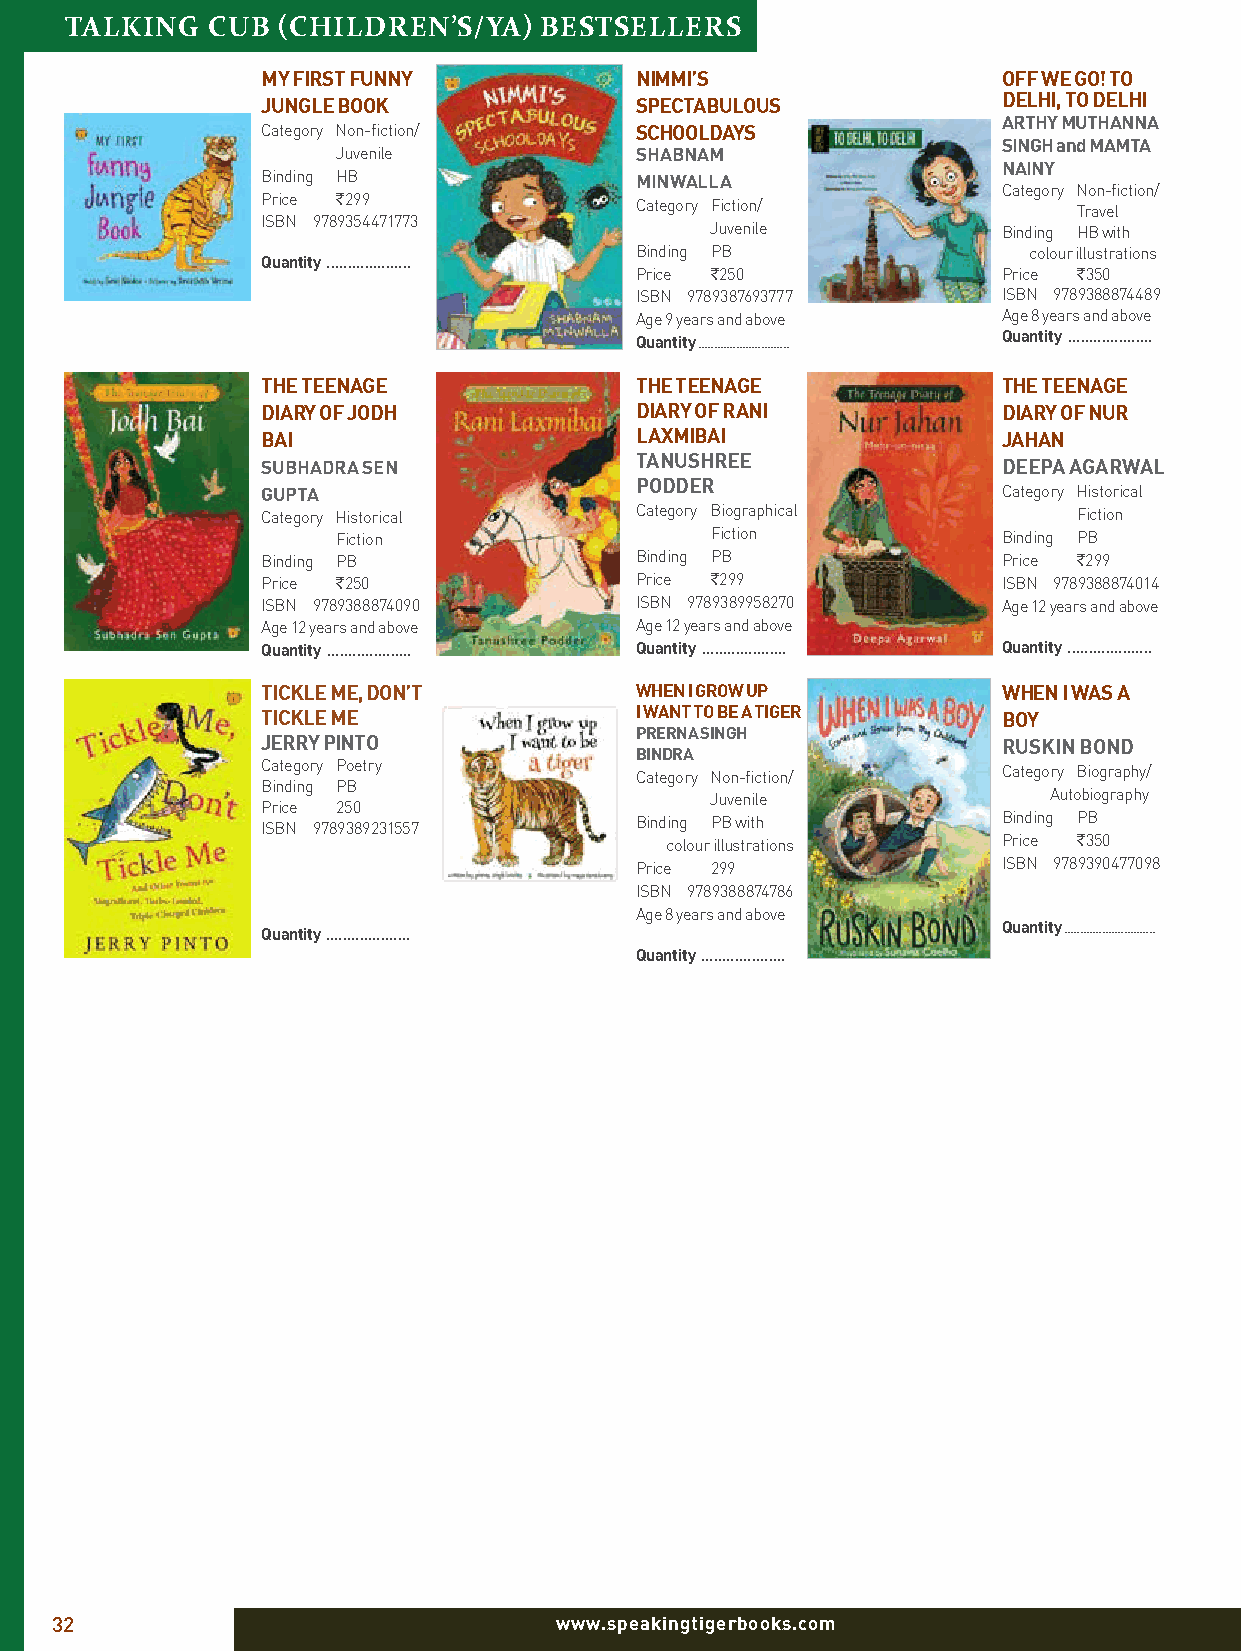
talkiNg   cuB (childreN’s/ya)   Bestsellers
 my firST fUnny           nimmi’S                 off we Go! To
 JUnGLe BooK              SPeCTABULoUS            DeLhi, To DeLhi
 ArThy mUThAnnA
 Category Non-fiction/    SChooLDAyS
 SinGh and mAmTA
 Juvenile            ShABnAm
 nAiny
 Binding HB               minwALLA
 Category Non-fiction/
 Price `299               Category Fiction/            Travel
 ISBN 9789354471773            Juvenile           Binding HB with
 Binding PB                colour illustrations
 Quantity ....................
 Price `250              Price `350
 ISBN 9789387693777      ISBN 9789388874489
 Age 9 years and above   Age 8 years and above
 Quantity ............................. Quantity ....................
 The TeenAGe              The TeenAGe             The TeenAGe
 DiAry of JoDh            DiAry of rAni           DiAry of nUr
 BAi                      LAxmiBAi                JAhAn
 SUBhADrA Sen             TAnUShree               DeePA AGArwAL
 PoDDer
 GUPTA                                            Category Historical
 Category Historical      Category Biographical        Fiction
 Fiction                  Fiction            Binding PB
 Binding PB               Binding PB              Price `299
 Price `250               Price `299              ISBN 9789388874014
 ISBN 9789388874090       ISBN 9789389958270      Age 12 years and above
 Age 12 years and above   Age 12 years and above
 Quantity .................... Quantity .................... Quantity ....................
 TiCKLe me, Don’T         when i Grow UP          when i wAS A
 TiCKLe me                i wAnT To Be A TiGer    Boy
 PrernA SinGh
 Jerry PinTo                                      rUSKin BonD
 BinDrA
 Category Poetry          Category Non-fiction/   Category Biography/
 Binding PB
 Juvenile              Autobiography
 Price 250
 ISBN 9789389231557       Binding PB with         Binding PB
 colour illustrations  Price `350
 Price 299               ISBN 9789390477098
 ISBN 9789388874786
 Age 8 years and above
 Quantity ....................                    Quantity .............................
 Quantity ....................
 32                                www.speakingtigerbooks.com